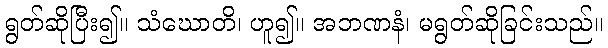
ရွတ်ဆိုပြီး၍။ သံဃောတိ၊ ဟူ၍။ အဘဏနံ၊ မရွတ်ဆိုခြင်းသည်။